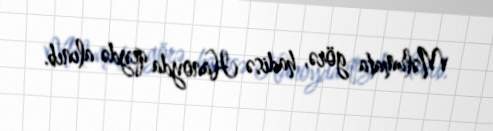
Məlumata görə, hadisə Hanoyda qeydə alınıb.